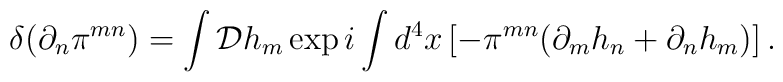
\delta( \partial_{n}\pi^{mn} ) =\int{\cal D}h_{m}\exp i\int d^{4}x\left[ - \pi^{mn}( \partial_{m}h_{n} + \partial_{n}h_{m} )\right] .